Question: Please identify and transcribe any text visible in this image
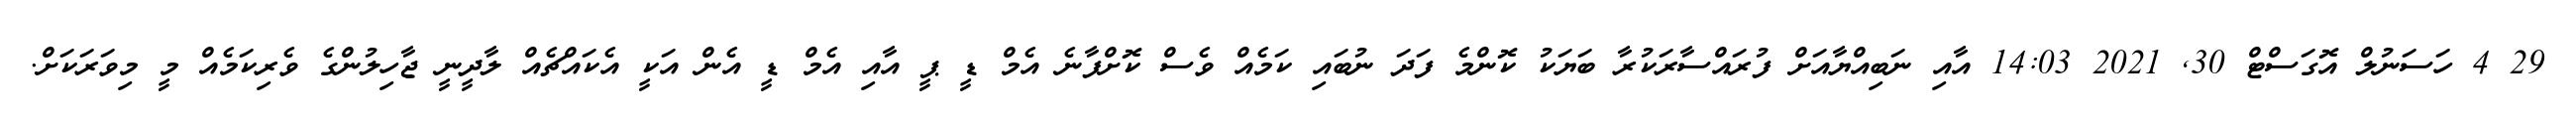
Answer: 29 4 ހަސަނުލް އޮގަސްޓް 30, 2021 14:03 އާއި ނަބިއްޔާއަށް ފުރައްސާރަކުރާ ބަޔަކު ކޮންމެ ފަދަ ނުބައި ކަމެއް ވެސް ކޮށްފާނެ އެމް ޑީ ޕީ އާއި އެމް ޑީ އެން އަކީ އެކައްޗެއް ލާދީނީ ޖާހިލުންގެ ވެރިކަމެއް މީ މިވަރަކަށް.